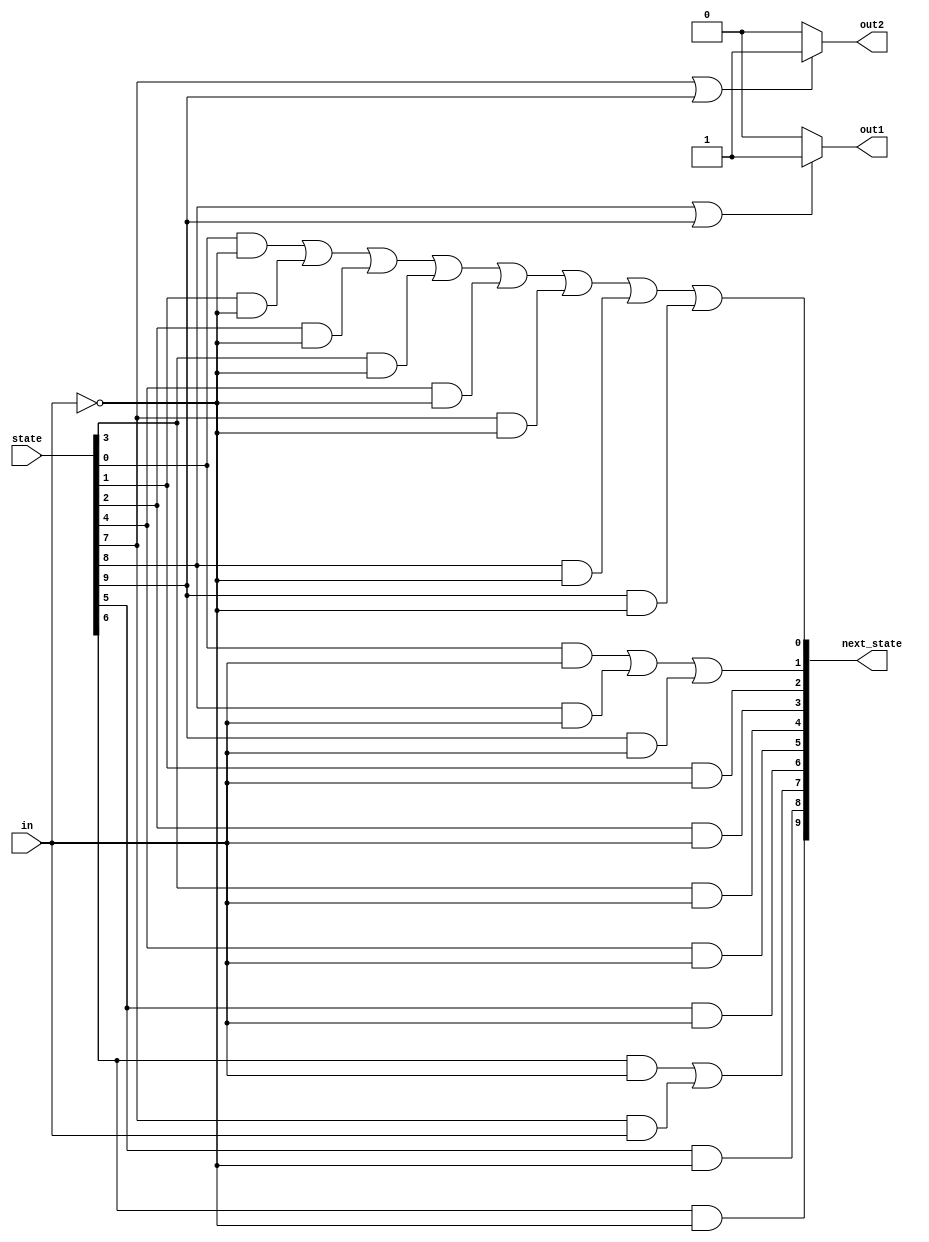

//Given the following state machine with 1 input and 2 outputs:

//Suppose this state machine uses one-hot encoding, 
//where state[S0] through state[S9] correspond to the states S0 though S9, respectively.
//The outputs are zero unless otherwise specified.

//Implement the state transition logic and output logic portions of the state machine (but not the state flip-flops).
//You are given the current state in state[9:0] and must produce next_state[9:0] and the two outputs.
//Derive the logic equations by inspection assuming a one-hot encoding.
//(The testbench will test with non-one hot inputs to make sure you're not trying to do something more complicated).

//Hint...
//Logic equations for one-hot state transition logic can be derived by looking at in-edges of the state transition diagram.

module top_module(
    input in,
    input [9:0] state,
    output [9:0] next_state,
    output out1,
    output out2);

    parameter S0 = 0,
              S1 = 1,
              S2 = 2,
              S3 = 3,
              S4 = 4,
              S5 = 5,
              S6 = 6,
              S7 = 7,
              S8 = 8,
              S9 = 9;

    assign next_state[S0] = (state[S0] & (~in)) | (state[S1] & (~in)) | (state[S2] & (~in)) | (state[S3] & (~in)) | 
                            (state[S4] & (~in)) | (state[S7] & (~in)) | (state[S8] & (~in)) | (state[S9] & (~in));
    assign next_state[S1] = (state[S0] & (in)) | (state[S8] & (in)) | (state[S9] & (in));
    assign next_state[S2] = (state[S1] & (in));
    assign next_state[S3] = (state[S2] & (in));
    assign next_state[S4] = (state[S3] & (in));
    assign next_state[S5] = (state[S4] & (in));
    assign next_state[S6] = (state[S5] & (in));
    assign next_state[S7] = (state[S6] & (in)) | (state[S7] & (in));
    assign next_state[S8] = (state[S5] & (~in));
    assign next_state[S9] = (state[S6] & (~in));

    assign out1 = (state[S8] | state[S9]) ? 1 : 0;
    assign out2 = (state[S7] | state[S9]) ? 1 : 0;

endmodule